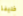
خليفة